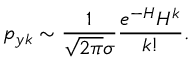
p _ { y k } \sim \frac { 1 } { \sqrt { 2 \pi } \sigma } \frac { e ^ { - H } H ^ { k } } { k ! } .